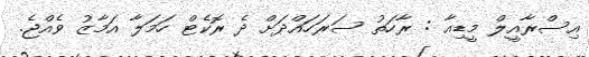
އިސްރާއީލް މީޑިއާ : ރާހަތު ސަރަހައްދަށް ދެ ރޮކެޓް ހަމަލާ އަމާޒު ވެއްޖެ.